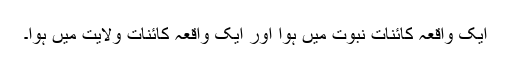
ایک واقعہ کائناتِ نبوت میں ہوا اور ایک واقعہ کائناتِ ولایت میں ہوا۔